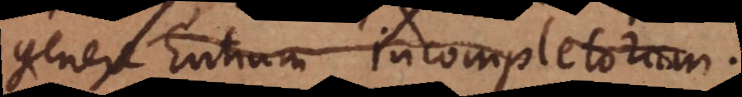
genere Entium incompletorum